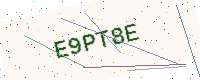
Text: E9PT8E